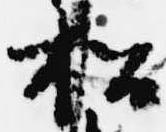
松